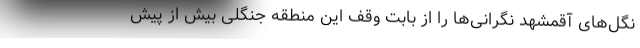
نگل‌های آقمشهد نگرانی‌ها را از بابت وقف این منطقه جنگلی بیش از پیش